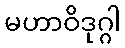
မဟာဝိဒုဂ္ဂါ